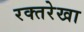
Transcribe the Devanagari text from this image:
रक्तरेखा